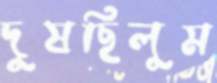
দুষছিলুম